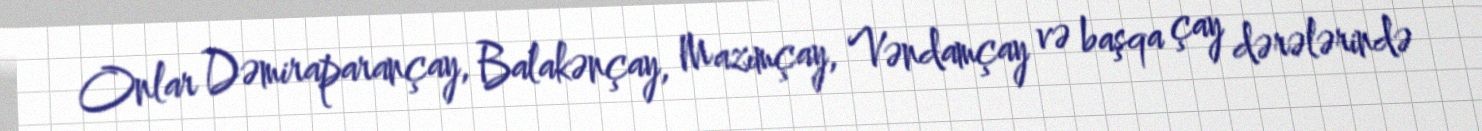
Onlar Dəmiraparançay, Balakənçay, Mazımçay, Vəndamçay və başqa çay dərələrində